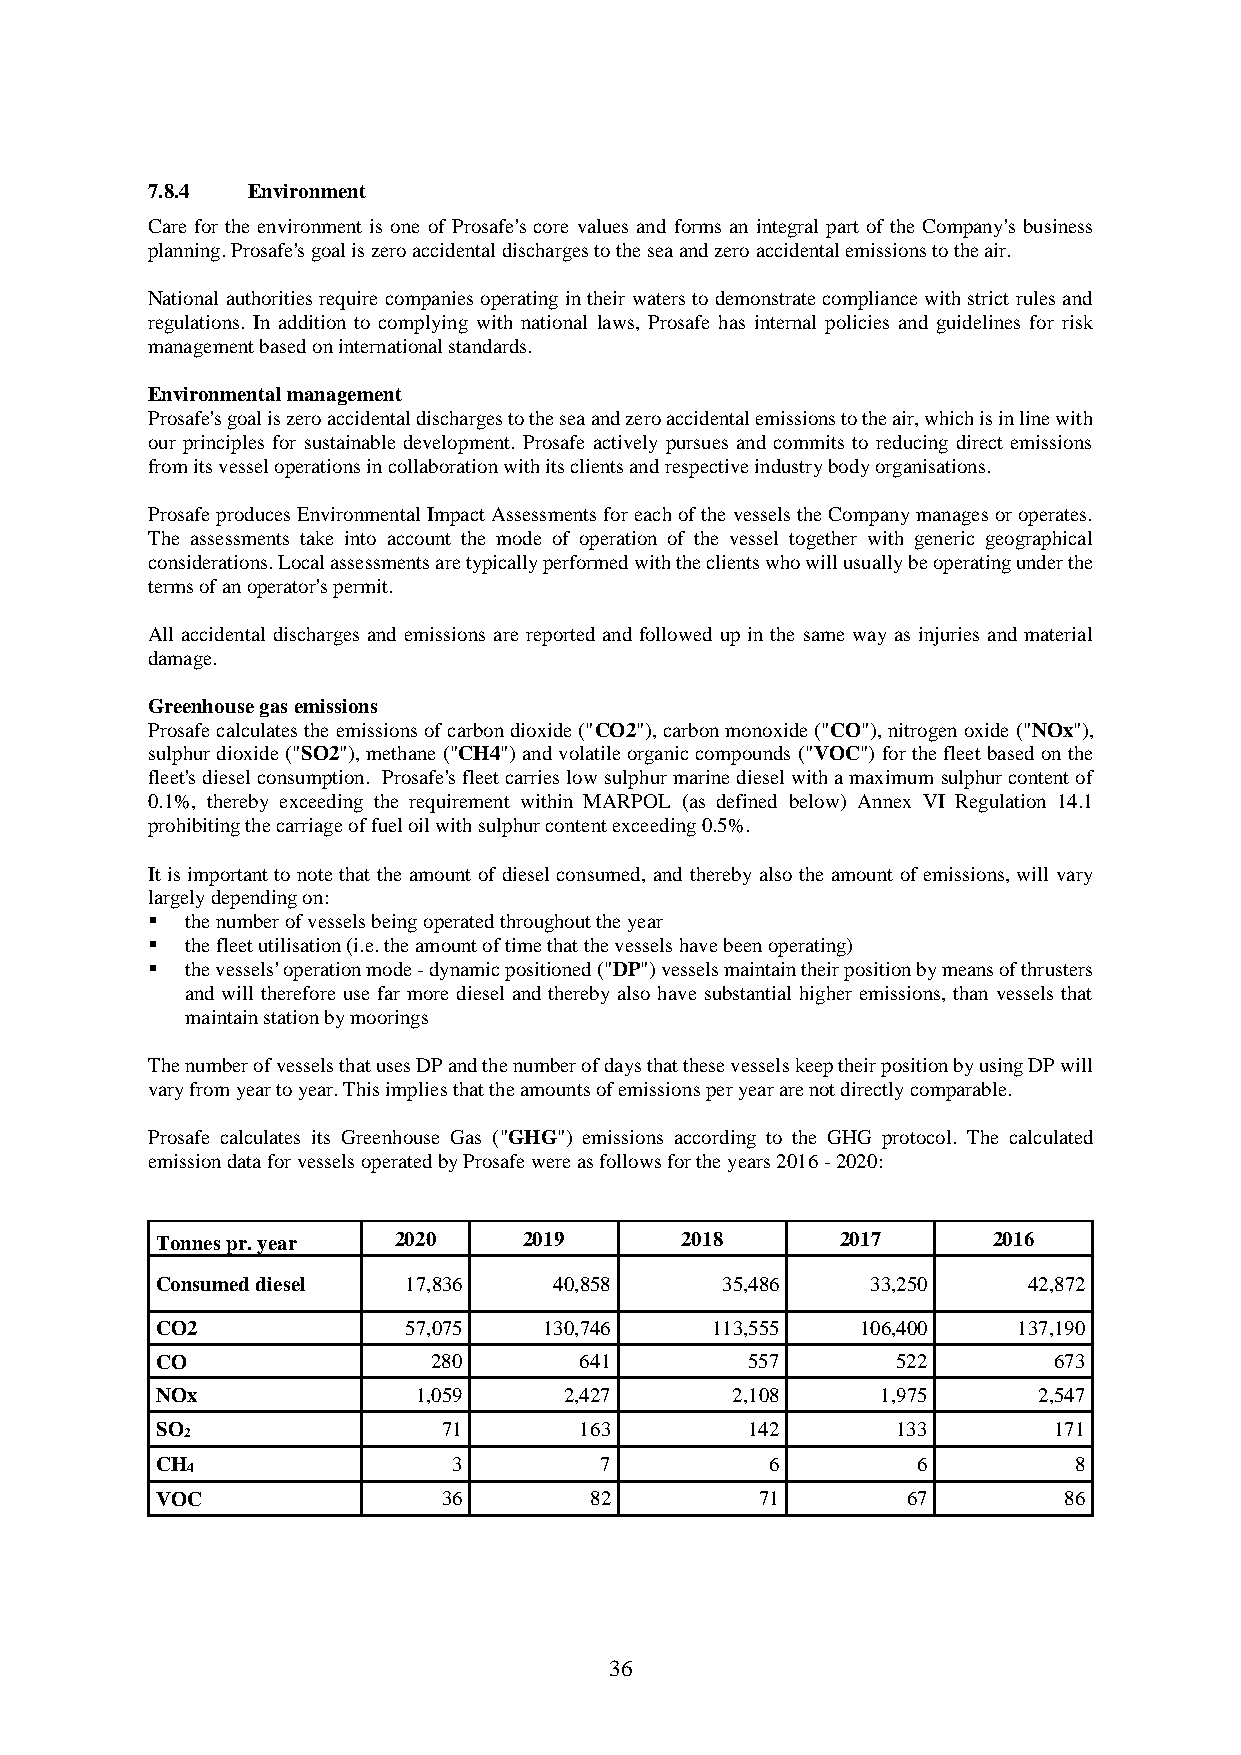
7.8.4 Environment
 Care for the environment is one of Prosafe's core values and forms an integral part of the Company's business
 planning. Prosafe's goal is zero accidental discharges to the sea and zero accidental emissions to the air.
 National authorities require companies operating in their waters to demonstrate compliance with strict rules and
 regulations. In addition to complying with national laws, Prosafe has internal policies and guidelines for risk
 management based on international standards.
 Environmental management
 Prosafe's goal is zero accidental discharges to the sea and zero accidental emissions to the air, which is in line with
 our principles for sustainable development. Prosafe actively pursues and commits to reducing direct emissions
 from its vessel operations in collaboration with its clients and respective industry body organisations.
 Prosafe produces Environmental Impact Assessments for each of the vessels the Company manages or operates.
 The assessments take into account the mode of operation of the vessel together with generic geographical
 considerations. Local assessments are typically performed with the clients who will usually be operating under the
 terms of an operator's permit.
 All accidental discharges and emissions are reported and followed up in the same way as injuries and material
 damage.
 Greenhouse gas emissions
 Prosafe calculates the emissions of carbon dioxide ("CO2"), carbon monoxide ("CO"), nitrogen oxide ("NOx"),
 sulphur dioxide ("SO2"), methane ("CH4") and volatile organic compounds ("VOC") for the fleet based on the
 fleet's diesel consumption. Prosafe's fleet carries low sulphur marine diesel with a maximum sulphur content of
 0.1%, thereby exceeding the requirement within MARPOL (as defined below) Annex VI Regulation 14.1
 prohibiting the carriage of fuel oil with sulphur content exceeding 0.5%.
 It is important to note that the amount of diesel consumed, and thereby also the amount of emissions, will vary
 largely depending on:
  the number of vessels being operated throughout the year
  the fleet utilisation (i.e. the amount of time that the vessels have been operating)
  the vessels' operation mode - dynamic positioned ("DP") vessels maintain their position by means of thrusters
 and will therefore use far more diesel and thereby also have substantial higher emissions, than vessels that
 maintain station by moorings
 The number of vessels that uses DP and the number of days that these vessels keep their position by using DP will
 vary from year to year. This implies that the amounts of emissions per year are not directly comparable.
 Prosafe calculates its Greenhouse Gas ("GHG") emissions according to the GHG protocol. The calculated
 emission data for vessels operated by Prosafe were as follows for the years 2016 - 2020:
 Tonnes pr. year 2020     2019      2018       2017      2016
 Consumed diesel  17,836    40,858     35,486    33,250    42,872
 CO2              57,075   130,746    113,555   106,400   137,190
 CO                 280      641        557       522        673
 NOx              1,059     2,427      2,108     1,975      2,547
 SO                 71       163        142       133        171
 2
 CH                  3         7          6         6         8
 4
 VOC                36        82         71        67        86
 36